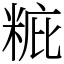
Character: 䊌